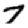
Digit: 7